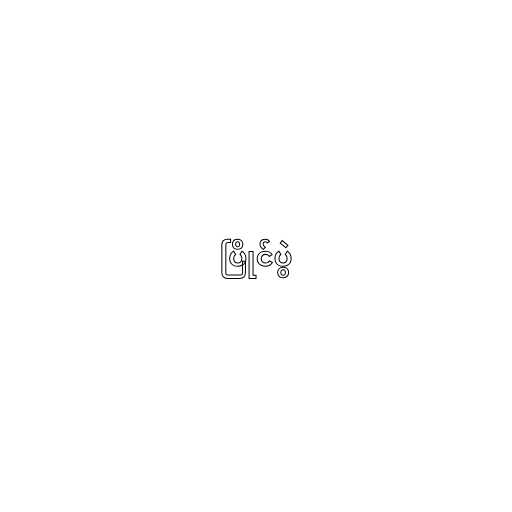
ပြိုင်ပွဲ